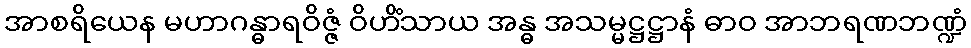
အာစရိယေန မဟာဂန္ဓာရဝိဇ္ဇံ ဝိဟိံသာယ အန္ဓ အသမ္မဋ္ဌဋ္ဌာနံ ဓာဝ အာဘရဏဘဏ္ဍံ